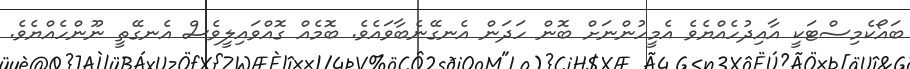
ބައޯކެމިސްޓަކީ އާއިދުހެއްޔެވެ އެމީހުންނަށް ބޮން ހަދަން އެނގޭނެބާވައެވެ. ބޮމެއް ގޮއްވައިލީވެސް އެނގޭތީ ނޫންހެއްޔެވެ.